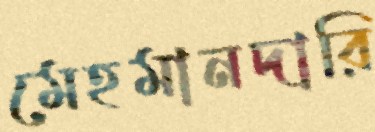
মেহমানদারি